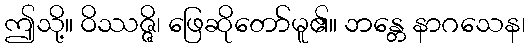
ဤသို့။ ဝိဿဇ္ဇိ၊ ဖြေဆိုတော်မူ၏။ ဘန္တေ နာဂသေန၊